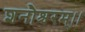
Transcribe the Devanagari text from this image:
शनौश्चरम्।।